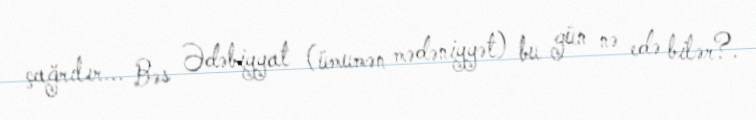
çağrılır... Bəs Ədəbiyyat (ümumən mədəniyyət) bu gün nə edə bilər?.